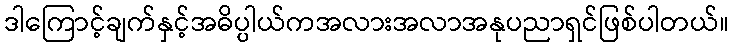
ဒါကြောင့်ချက်နှင့်အဓိပ္ပါယ်ကအလားအလာအနုပညာရှင်ဖြစ်ပါတယ်။